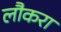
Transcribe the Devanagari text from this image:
लौकरा